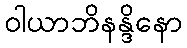
ဝါယာဘိနန္ဒိနော